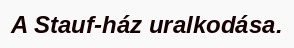
A Stauf-ház uralkodása.